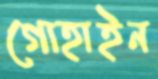
গোহাইন